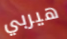
هيربي